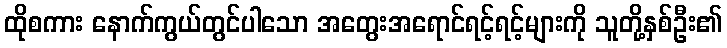
ထိုစကား နောက်ကွယ်တွင်ပါသော အတွေးအရောင်ရင့်ရင့်များကို သူတို့နှစ်ဦး၏